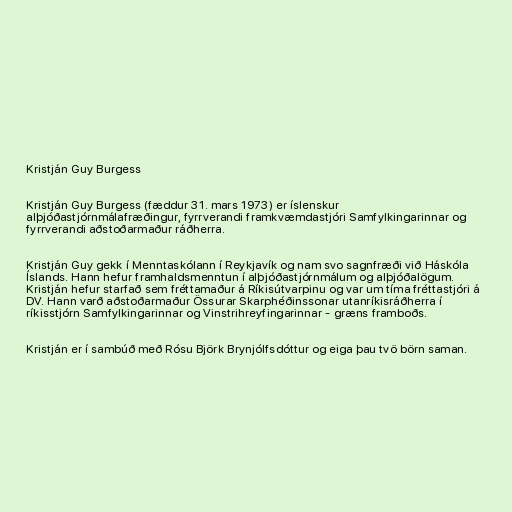
Kristján Guy Burgess

Kristján Guy Burgess (fæddur 31. mars 1973) er íslenskur
alþjóðastjórnmálafræðingur, fyrrverandi framkvæmdastjóri Samfylkingarinnar og
fyrrverandi aðstoðarmaður ráðherra.

Kristján Guy gekk í Menntaskólann í Reykjavík og nam svo sagnfræði við Háskóla
Íslands. Hann hefur framhaldsmenntun í alþjóðastjórnmálum og alþjóðalögum.
Kristján hefur starfað sem fréttamaður á Ríkisútvarpinu og var um tíma fréttastjóri á
DV. Hann varð aðstoðarmaður Össurar Skarphéðinssonar utanríkisráðherra í
ríkisstjórn Samfylkingarinnar og Vinstrihreyfingarinnar - græns framboðs.

Kristján er í sambúð með Rósu Björk Brynjólfsdóttur og eiga þau tvö börn saman.